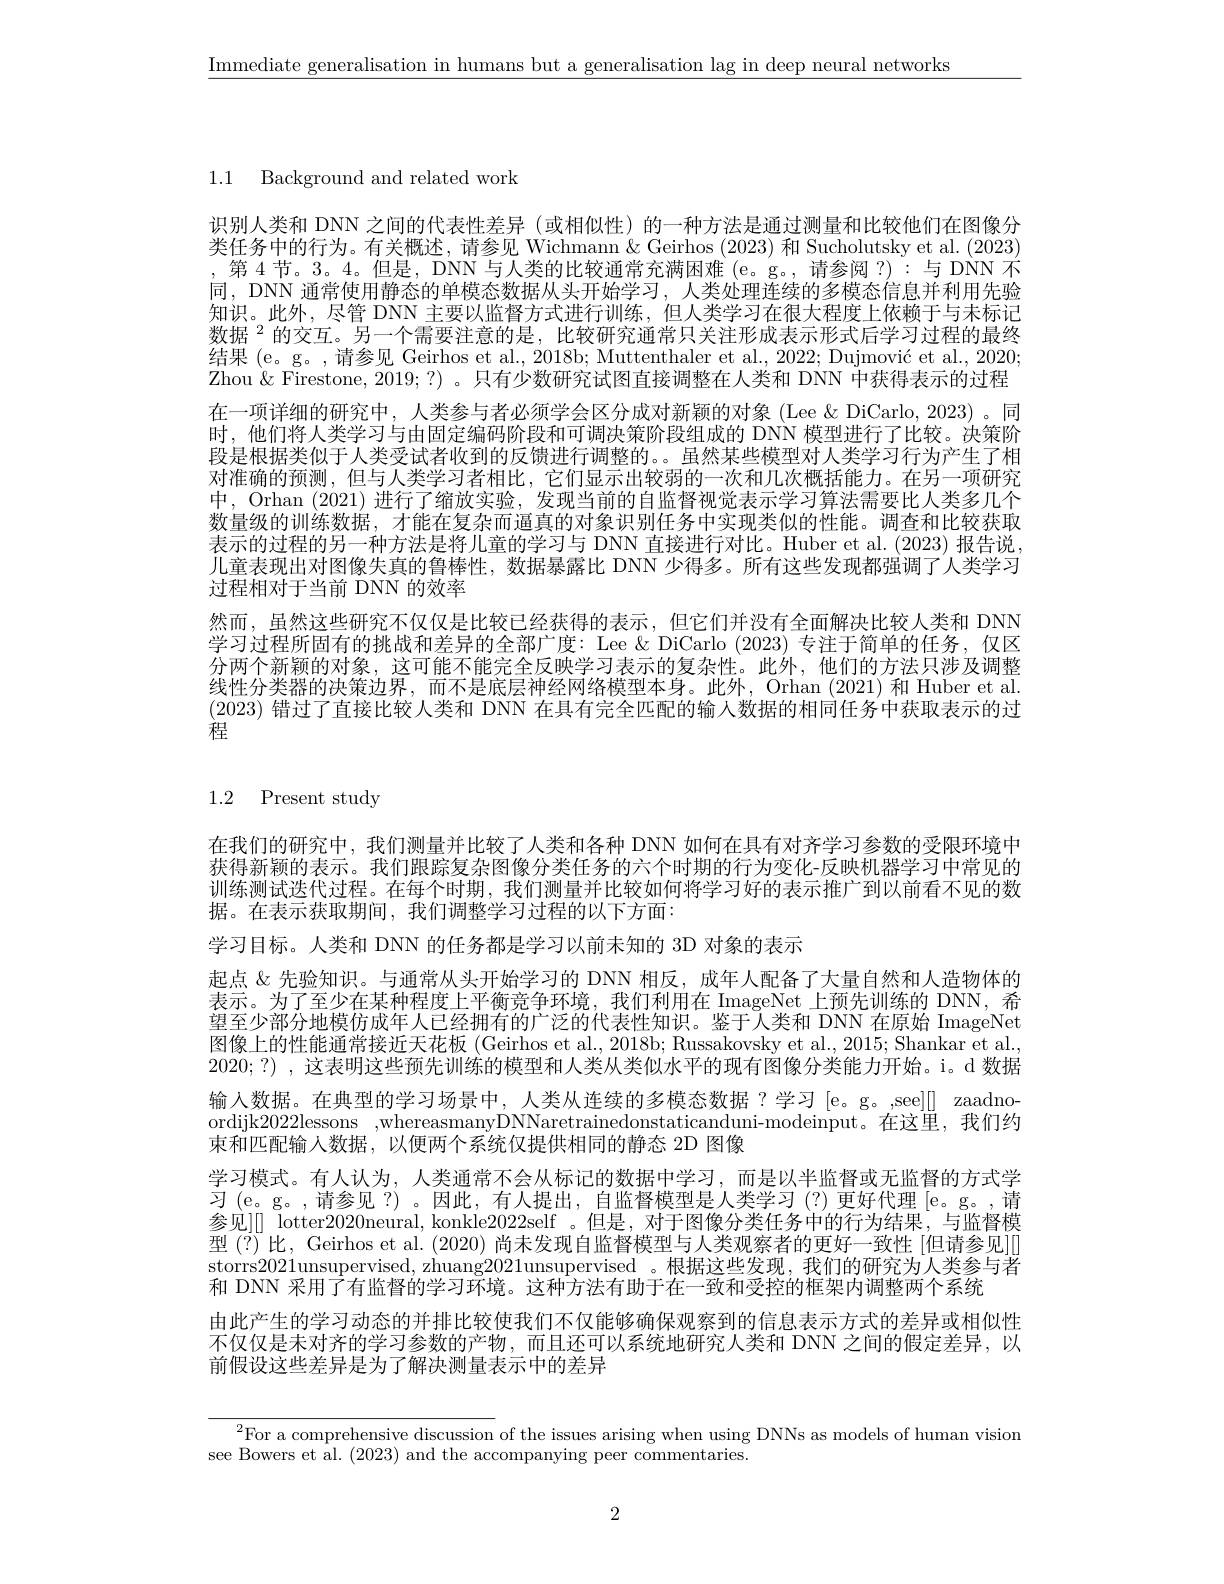
$\underline{\text{Immediate generalisation in humans but a generalisation lag in deep neural networks}}$

1.1 Background and related work

识别人类和 DNN 之间的代表性差异(或相似性)的一种方法是通过测量和比较他们在图像分类任务中的行为。有关概述，请参见 Wichmann&Geirhos (2023) 和 Sucholutsky et al. (2023) ,第4节。3。4。但是，DNN 与人类的比较通常充满困难 (e。g。,请参阅？):与 DNN 不同，DNN 通常使用静态的单模态数据从头开始学习，人类处理连续的多模态信息并利用先验知识。此外，尽管 DNN 主要以监督方式进行训练，但人类学习在很大程度上依赖于与未标记数据$^{2}$的交互。另一个需要注意的是，比较研究通常只关注形成表示形式后学习过程的最终结果 (e。g。, 请参见 Geirhos et al., 2018b; Muttenthaler et al., 2022; Dujmović et al., 2020; Zhou & Firestone, 2019;?) 。只有少数研究试图直接调整在人类和 DNN 中获得表示的过程在一项详细的研究中，人类参与者必须学会区分成对新颖的对象(Lee &DiCarlo, 2023)。同时，他们将人类学习与由固定编码阶段和可调决策阶段组成的 DNN 模型进行了比较。决策阶段是根据类似于人类受试者收到的反馈进行调整的。。虽然某些模型对人类学习行为产生了相对准确的预测，但与人类学习者相比，它们显示出较弱的一次和几次概括能力。在另一项研究中，Orhan (2021) 进行了缩放实验，发现当前的自监督视觉表示学习算法需要比人类多几个数量级的训练数据，才能在复杂而逼真的对象识别任务中实现类似的性能。调查和比较获取表示的过程的另一种方法是将儿童的学习与 DNN 直接进行对比。Huber et al. (2023) 报告说儿童表现出对图像失真的鲁棒性，数据暴露比 DNN 少得多。所有这些发现都强调了人类学习过程相对于当前 DNN 的效率
然而，虽然这些研究不仅仅是比较已经获得的表示，但它们并没有全面解决比较人类和 DNN 学习过程所固有的挑战和差异的全部广度：Lee &DiCarlo (2023)专注于简单的任务，仅区分两个新颖的对象，这可能不能完全反映学习表示的复杂性。此外，他们的方法只涉及调整线性分类器的决策边界，而不是底层神经网络模型本身。此外，Orhan (2021) 和 Huber et al. (2023)错过了直接比较人类和 DNN 在具有完全匹配的输入数据的相同任务中获取表示的过程

# 1.2 Present study

在我们的研究中，我们测量并比较了人类和各种 DNN 如何在具有对齐学习参数的受限环境中获得新颖的表示。我们跟踪复杂图像分类任务的六个时期的行为变化-反映机器学习中常见的训练测试迭代过程。在每个时期，我们测量并比较如何将学习好的表示推广到以前看不见的数据。在表示获取期间，我们调整学习过程的以下方面：
学习目标。人类和 DNN 的任务都是学习以前未知的 3D 对象的表示
起点 &先验知识。与通常从头开始学习的 DNN 相反，成年人配备了大量自然和人造物体的表示。为了至少在某种程度上平衡竞争环境，我们利用在 ImageNet 上预先训练的 DNN, 希望至少部分地模仿成年人已经拥有的广泛的代表性知识。鉴于人类和 DNN 在原始 ImageNet 图像上的性能通常接近天花板 (Geirhos et al., 2018b; Russakovsky et al., 2015; Shankar et al., 2020;?) ,这表明这些预先训练的模型和人类从类似水平的现有图像分类能力开始。i。d 数据输入数据。在典型的学习场景中，人类从连续的多模态数据？学习[e。g。,see][] zaadnoordijk2022lessons ,whereasmanyDNNaretrainedonstaticanduni-modeinput。在这里，我们约束和匹配输入数据，以便两个系统仅提供相同的静态 2D 图像
学习模式。有人认为，人类通常不会从标记的数据中学习，而是以半监督或无监督的方式学参见][] lotter2020neural, konkle2022self 。但是，对于图像分类任务中的行为结果，与监督模型(?)比，Geirhos et al. (2020) 尚未发现自监督模型与人类观察者的更好一致性 [但请参见]] storrs2021unsupervised, zhuang2021unsupervised 。根据这些发现，我们的研究为人类参与者和 DNN 采用了有监督的学习环境。这种方法有助于在一致和受控的框架内调整两个系统
由此产生的学习动态的并排比较使我们不仅能够确保观察到的信息表示方式的差异或相似性不仅仅是未对齐的学习参数的产物，而且还可以系统地研究人类和 DNN之间的假定差异，以前假设这些差异是为了解决测量表示中的差异

$^{2}$For a comprehensive discussion of the issues arising when using DNNs as models of human vision
see Bowers et al. (2023) and the accompanying peer commentaries

2